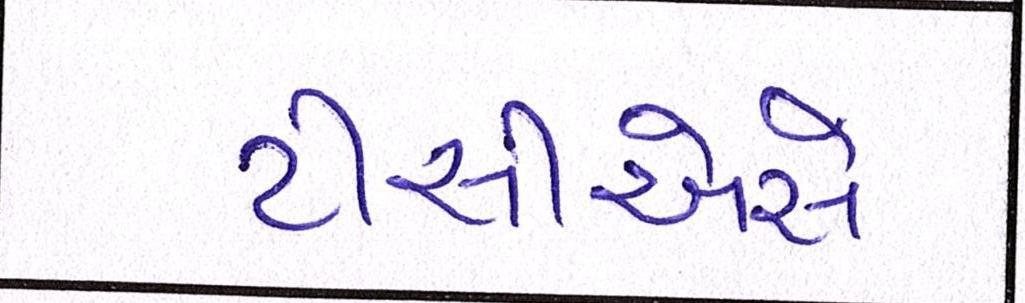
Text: ટીસીએસે